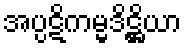
အပ္ပဋိကမ္မဒိဋ္ဌိယာ